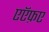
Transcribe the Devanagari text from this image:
एऍफ़ए